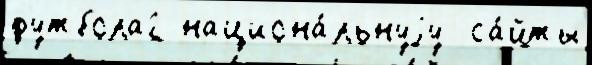
футбола2 национа́льнуjу  са́йты